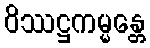
ဝိဿဋ္ဌကမ္မန္တေ